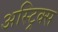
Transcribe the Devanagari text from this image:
अस्ट्रिक्स